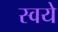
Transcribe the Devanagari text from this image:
स्वये